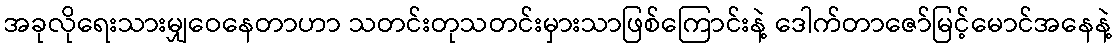
အခုလိုရေးသားမျှဝေနေတာဟာ သတင်းတုသတင်းမှားသာဖြစ်ကြောင်းနဲ့ ဒေါက်တာဇော်မြင့်မောင်အနေနဲ့